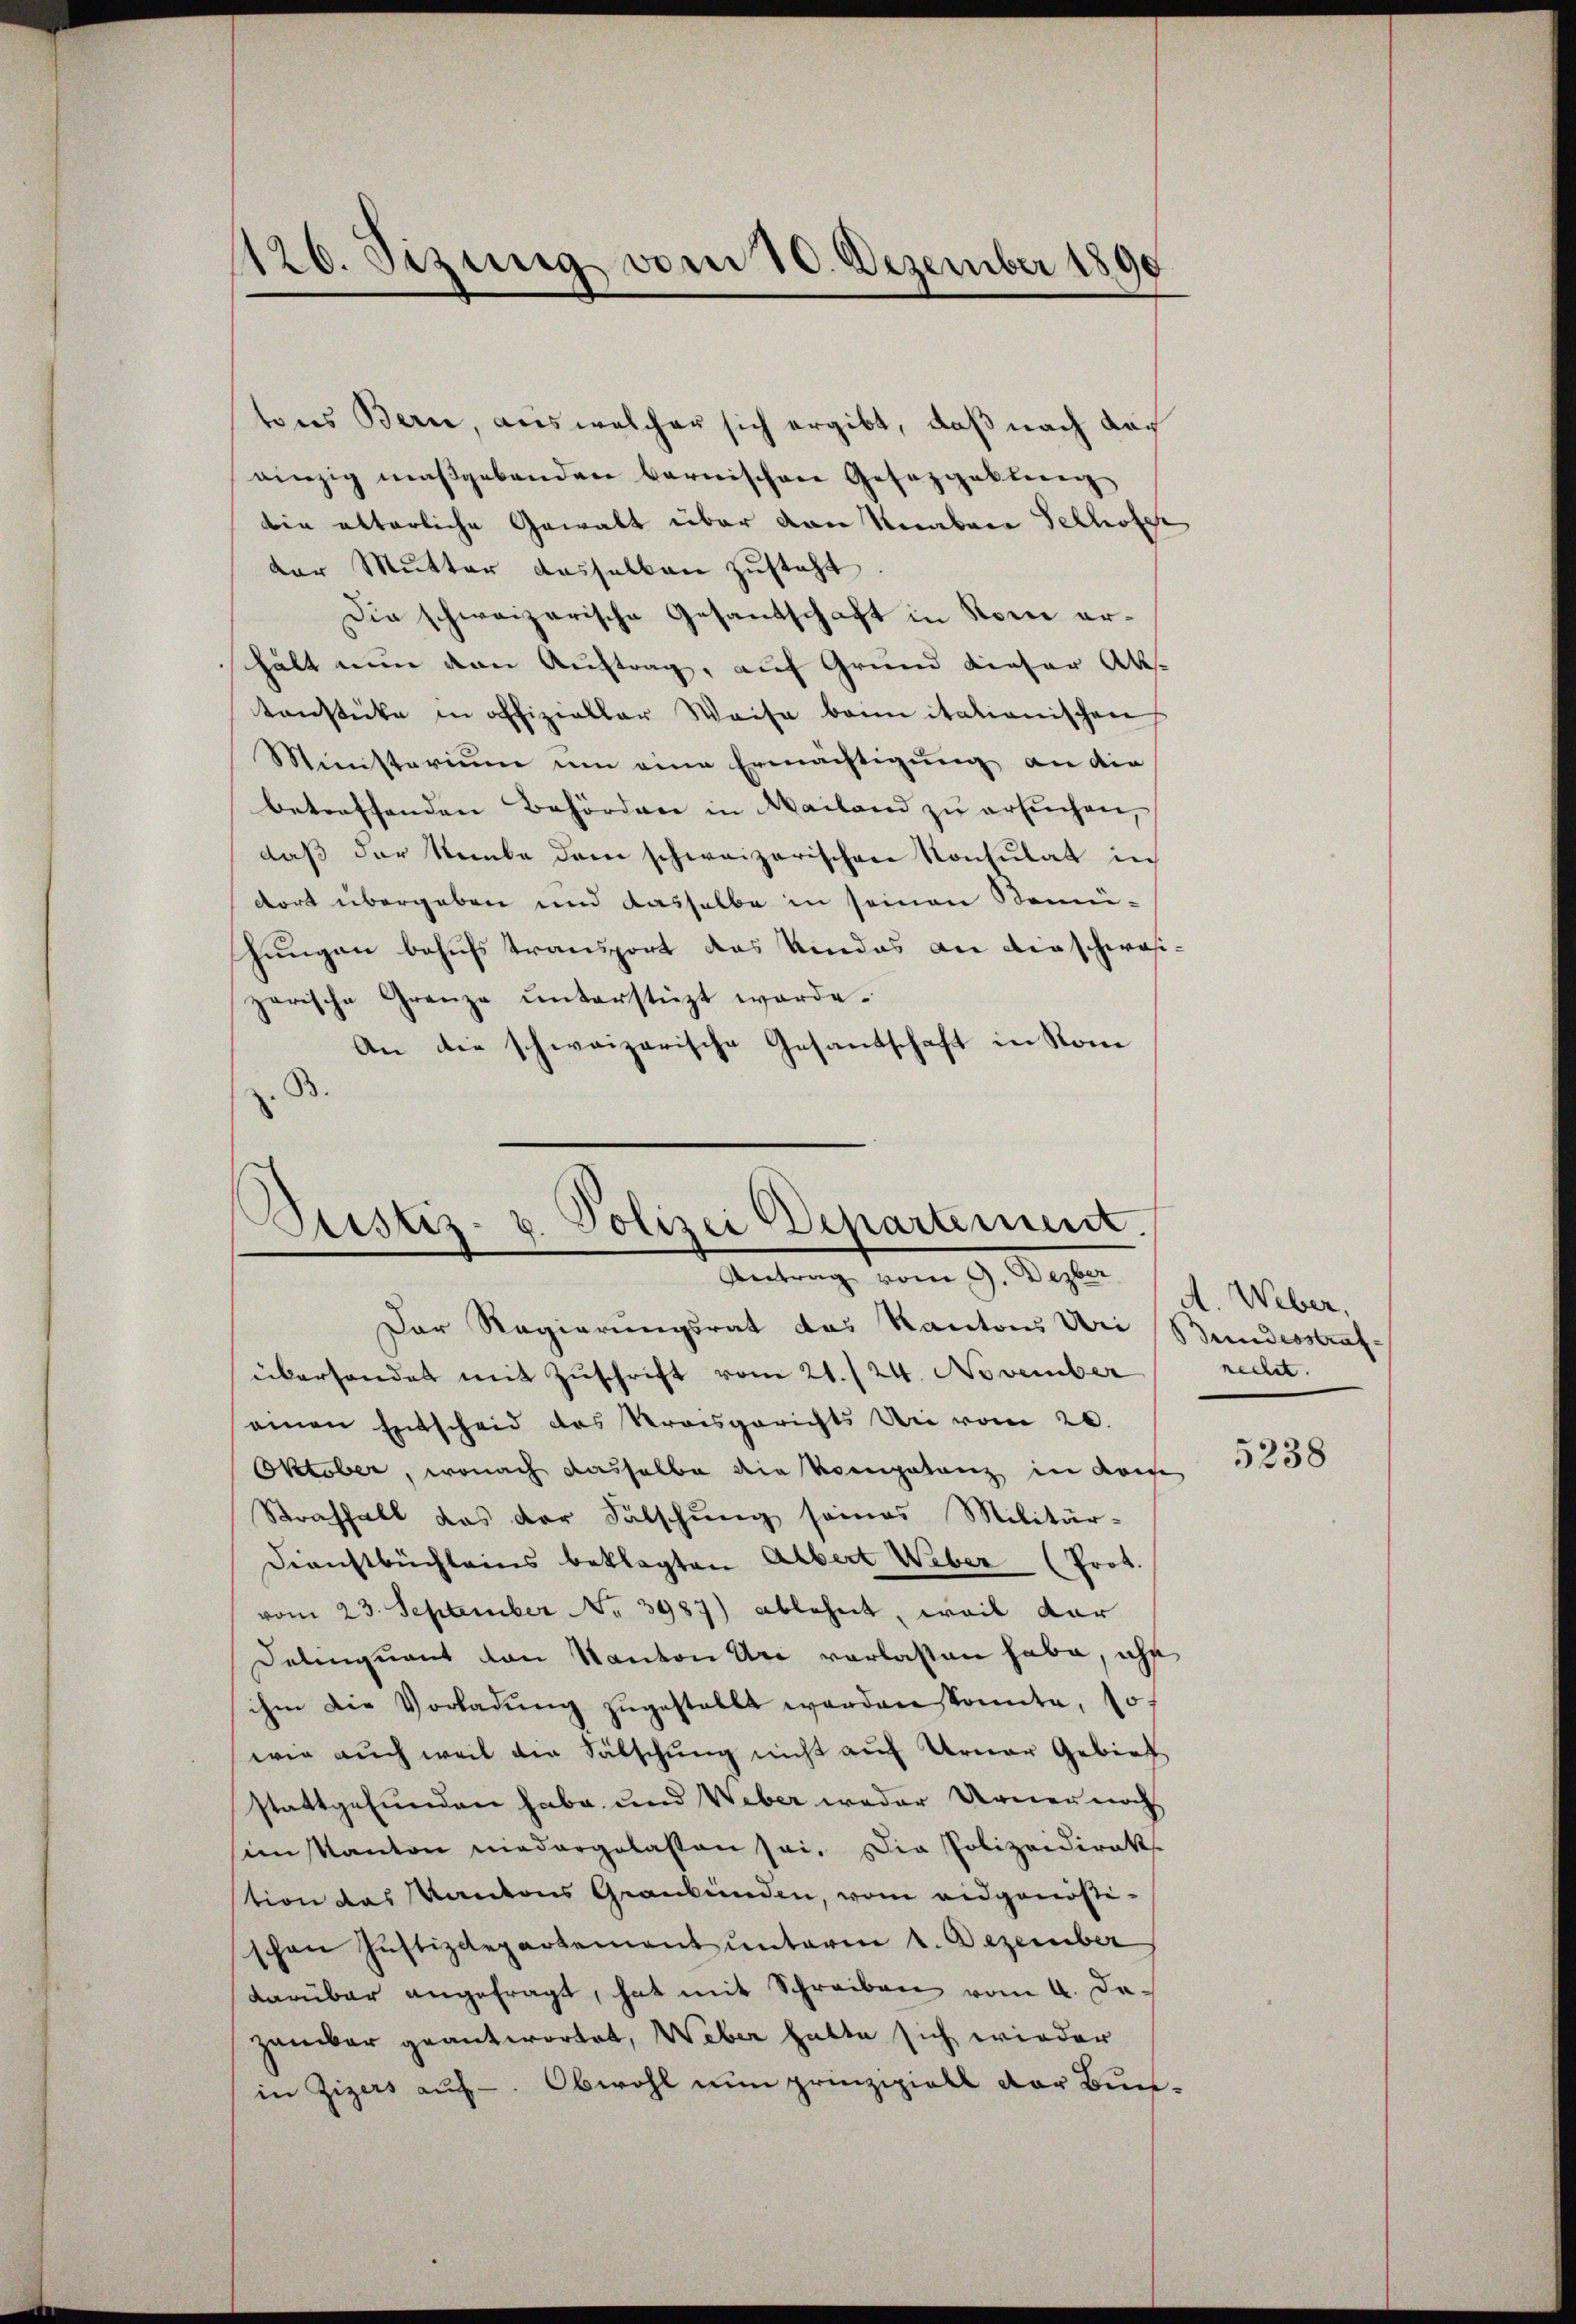
126. Sizung vom 10. Dezember 1890

tons Bern, aus welcher sich ergibt, daß nach dach
einzig maßgebenden Barnischen Gesezgaktieng
bie alterliche Gewalt über dann Knabare Selhofe
der Mutter dasselben zŭsteht.
Die schweizerische Gesantschaft in Kone erhält nun den Auftrag, auf Grund dieser Ak-
tenstücke in offizieller Weise bann italianischen
Ministerium um eine Ermächtigung an die
betreffenden Behördere in Mailand zu ersuchen,
daß der Nombe dem schweizerischen Konsulat in
dort übergeben und dasselbe in seinen Bemü¬
Jungen behufs transport das Kindes an die schwasizarische Grenze unterstüzt worde.
An die schweizerische Gesandschaft in Rom
)

Justiz- u. Polizei Departement.
Antrag vom 9. Dezber

Der Regierungsrat das Kantons Uri Bundesstrafüberhandet mit Zŭschrift vom 21./24. November
einen Entscheid das Kreisgerichts Uri vom 20.
Oktober, wonach dasselbe die Kompetenz in Kaise
Straffall das der Fälschung seines Militär-
Dienstbüchleins beklagten Albert Weber (Prot.
vom 23. September No. 3987) ablehnt, weil dar
Delinquant den Kanton Uri verlasten habe, ihr
ihm die Vorladŭng zŭgestallt worden Sonnte, so
wie auch weil die Fälschung nicht auf Urner Gebiet
stattgefunden habe, und Weber weder Urner noch
sim Kanton niedergelasten sei. Die Polizeidirek
tion des Kantons Graubünden, vom eidgenößischon Justizdepartement unterm 1. Dezember
darüber angefragt, hat mit Schreiben vom 4. De-
zambar geantwortet, Weber hatte sich wieder
in Zizers auf. Obwohl nun prinzipielt der Bun-

A. Weber,
necht.

5238